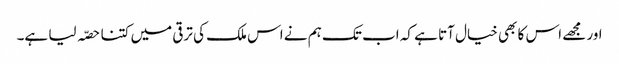
اور مجھے اس کا بھی خیال آتا ہے کہ اب تک ہم نے اس ملک کی ترقی میں کتنا حصّہ لیا ہے۔